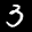
Label: 3